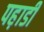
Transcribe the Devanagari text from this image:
पह़ाडी